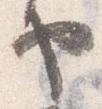
ヤ